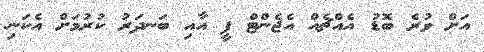
އަށް ވުރެ ބޮޑު އެއްޗެއް އެޖެންޓް ފީ އާއި ބަނދަރު ކުރުމަށް އެކަނި